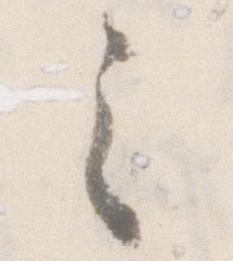
之